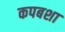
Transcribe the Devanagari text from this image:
कपबशा